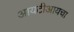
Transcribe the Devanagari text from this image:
आयटीआयचा